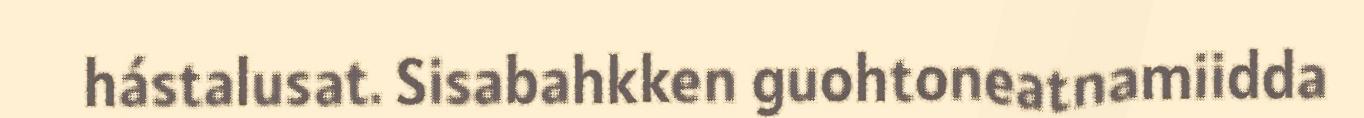
hástalusat. Sisabahkken guohtoneatnamiidda